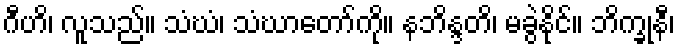
ဂီဟိ၊ လူသည်။ သံဃံ၊ သံဃာတော်ကို။ နဘိန္ဒတိ၊ မခွဲနိုင်။ ဘိက္ခုနီ၊